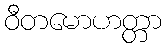
ဝီတမောဟတ္တာ